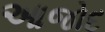
આજોદ